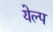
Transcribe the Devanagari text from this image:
येल्प